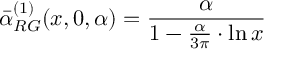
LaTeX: \bar { \alpha } _ { R G } ^ { ( 1 ) } ( x , 0 , \alpha ) = \frac { \alpha } { 1 - \frac { \alpha } { 3 \pi } \cdot \ln x }